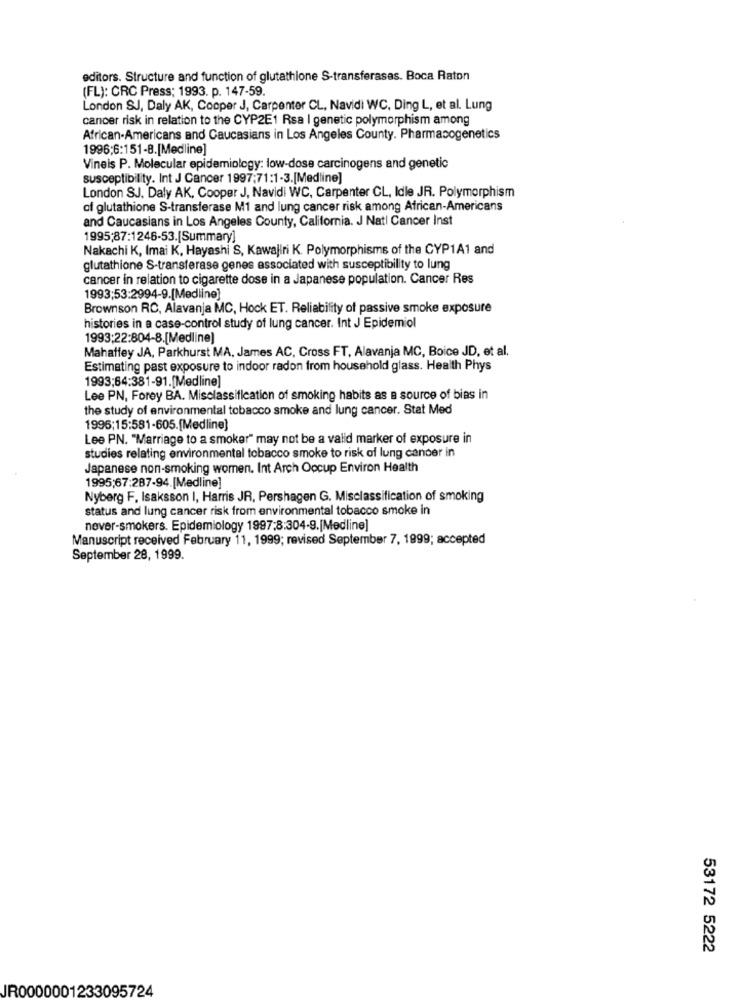
editors. Structure and function of glutathione S-transferases. Boca Raton
(FL): CRC Press; 1993. p. 147-59.
London SJ, Daly AK, Cooper J, Carpenter CL, Navidi WC, Ding L, et al. Lung
cancer risk in relation to the CYP2E1 Rsa I genetic polymorphism among
African-Americans and Caucasians in Los Angeles County. Pharmacogenetics
1996;6:151-8.[Medline]
Vineis P. Molecular epidemiology: low-dose carcinogens and genetic
susceptibility. Int J Cancer 1997;71:1-3.[Medline]
London SJ, Daly AK, Cooper J, Navidi WC, Carpenter CL, Idle JR. Polymorphism
of glutathione S-transferase M1 and lung cancer risk among African-Americans
and Caucasians in Los Angeles County, California. J Nati Cancer Inst
1995;87:1246-53.[Summary]
Nakachi K, Imai K, Hayashi S, Kawajiri K. Polymorphisms of the CYP1A1 and
glutathione S-transferase genes associated with susceptibility to lung
cancer in relation to cigarette dose in a Japanese population. Cancer Res
1993;53:2994-9.[Medline]
Brownson RC, Alavanja MC, Hock ET. Reliability of passive smoke exposure
histories in a case-control study of lung cancer. Int J Epidemiol
1993:22:804-8.[Medline]
Mahaffey JA, Parkhurst MA, James AC, Cross FT, Alavanja MC, Boice JD, et al.
Estimating past exposure to indoor radon from household glass. Health Phys
1993;64:381-91.[Medline]
Lee PN, Forey BA. Misclassification of smoking habits as a source of bias in
the study of environmental tobacco smoke and lung cancer. Stat Med
1996;15:581-605.[Medline]
Lee PN. "Marriage to a smoker" may not be a valid marker of exposure in
studies relating environmental tobacco smoke to risk of lung cancer in
Japanese non-smoking women. Int Arch Occup Environ Health
1995;67:287-94.[Medline]
Nyberg F. Isaksson I, Harris JR, Pershagen G, Misclassification of smoking
status and lung cancer risk from environmental tobacco smoke in
never-smokers. Epidemiology 1997;8:304-9.[Medline]
Manuscript received February 11, 1999; revised September 7, 1999; accepted
September 28, 1999.
53172 5222
JR0000001233095724